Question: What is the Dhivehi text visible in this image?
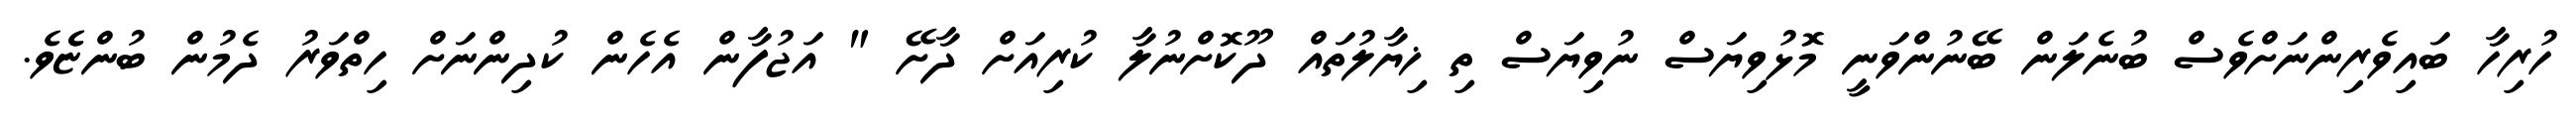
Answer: ހުރިހާ ބައިވެރިންނަށްވެސް ބުނެލަން ބޭނުންވަނީ މޮޅުވިޔަސް ނުވިޔަސް ތި ޚިޔާލުތައް ދޫކޮށްނުލާ ކުރިއަށް ދާށޭ " އަޖުފާން އެހެން ކުދިންނަށް ހިތްވަރު ދެމުން ބުންޏެެވެ.